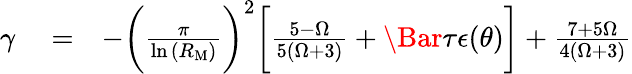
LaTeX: \begin{array}{rlr}{\gamma}&{{}=}&{-\bigg(\frac{\pi}{\ln{(R_{\mathrm{M}})}}\bigg)^{2}\bigg[\frac{5-\Omega}{5(\Omega+3)}+\Bar{\tau}\epsilon(\theta)\bigg]+\frac{7+5\Omega}{4(\Omega+3)}}\end{array}